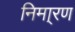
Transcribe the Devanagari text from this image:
निमा्रण